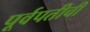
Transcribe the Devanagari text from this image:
पूर्वपतीची